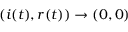
( i ( t ) , r ( t ) ) \to ( 0 , 0 )